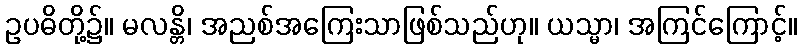
ဥပဓိတို့၌။ မလန္တိ၊ အညစ်အကြေးသာဖြစ်သည်ဟု။ ယသ္မာ၊ အကြင်ကြောင့်။